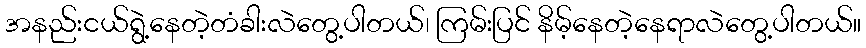
အနည်းငယ်ရွဲ့နေတဲ့တံခါးလဲတွေ့ပါတယ်၊ ကြမ်းပြင် နိမ့်နေတဲ့နေရာလဲတွေ့ပါတယ်။